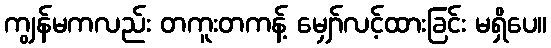
ကျွန်မကလည်း တကူးတကန့် မျှော်လင့်ထားခြင်း မရှိပေ။